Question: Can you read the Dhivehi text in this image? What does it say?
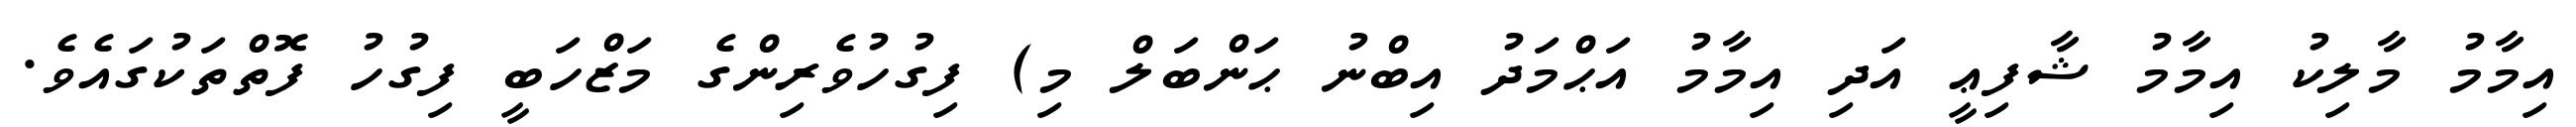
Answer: އިމާމު މާލިކު އިމާމު ޝާފިޢީ އަދި އިމާމު އަޙްމަދު އިބްނު ޙަންބަލް މި) ފިގުހުވެރިންގެ މަޒްހަބީ ފިގުހު ފޮތްތަކުގައެވެ.